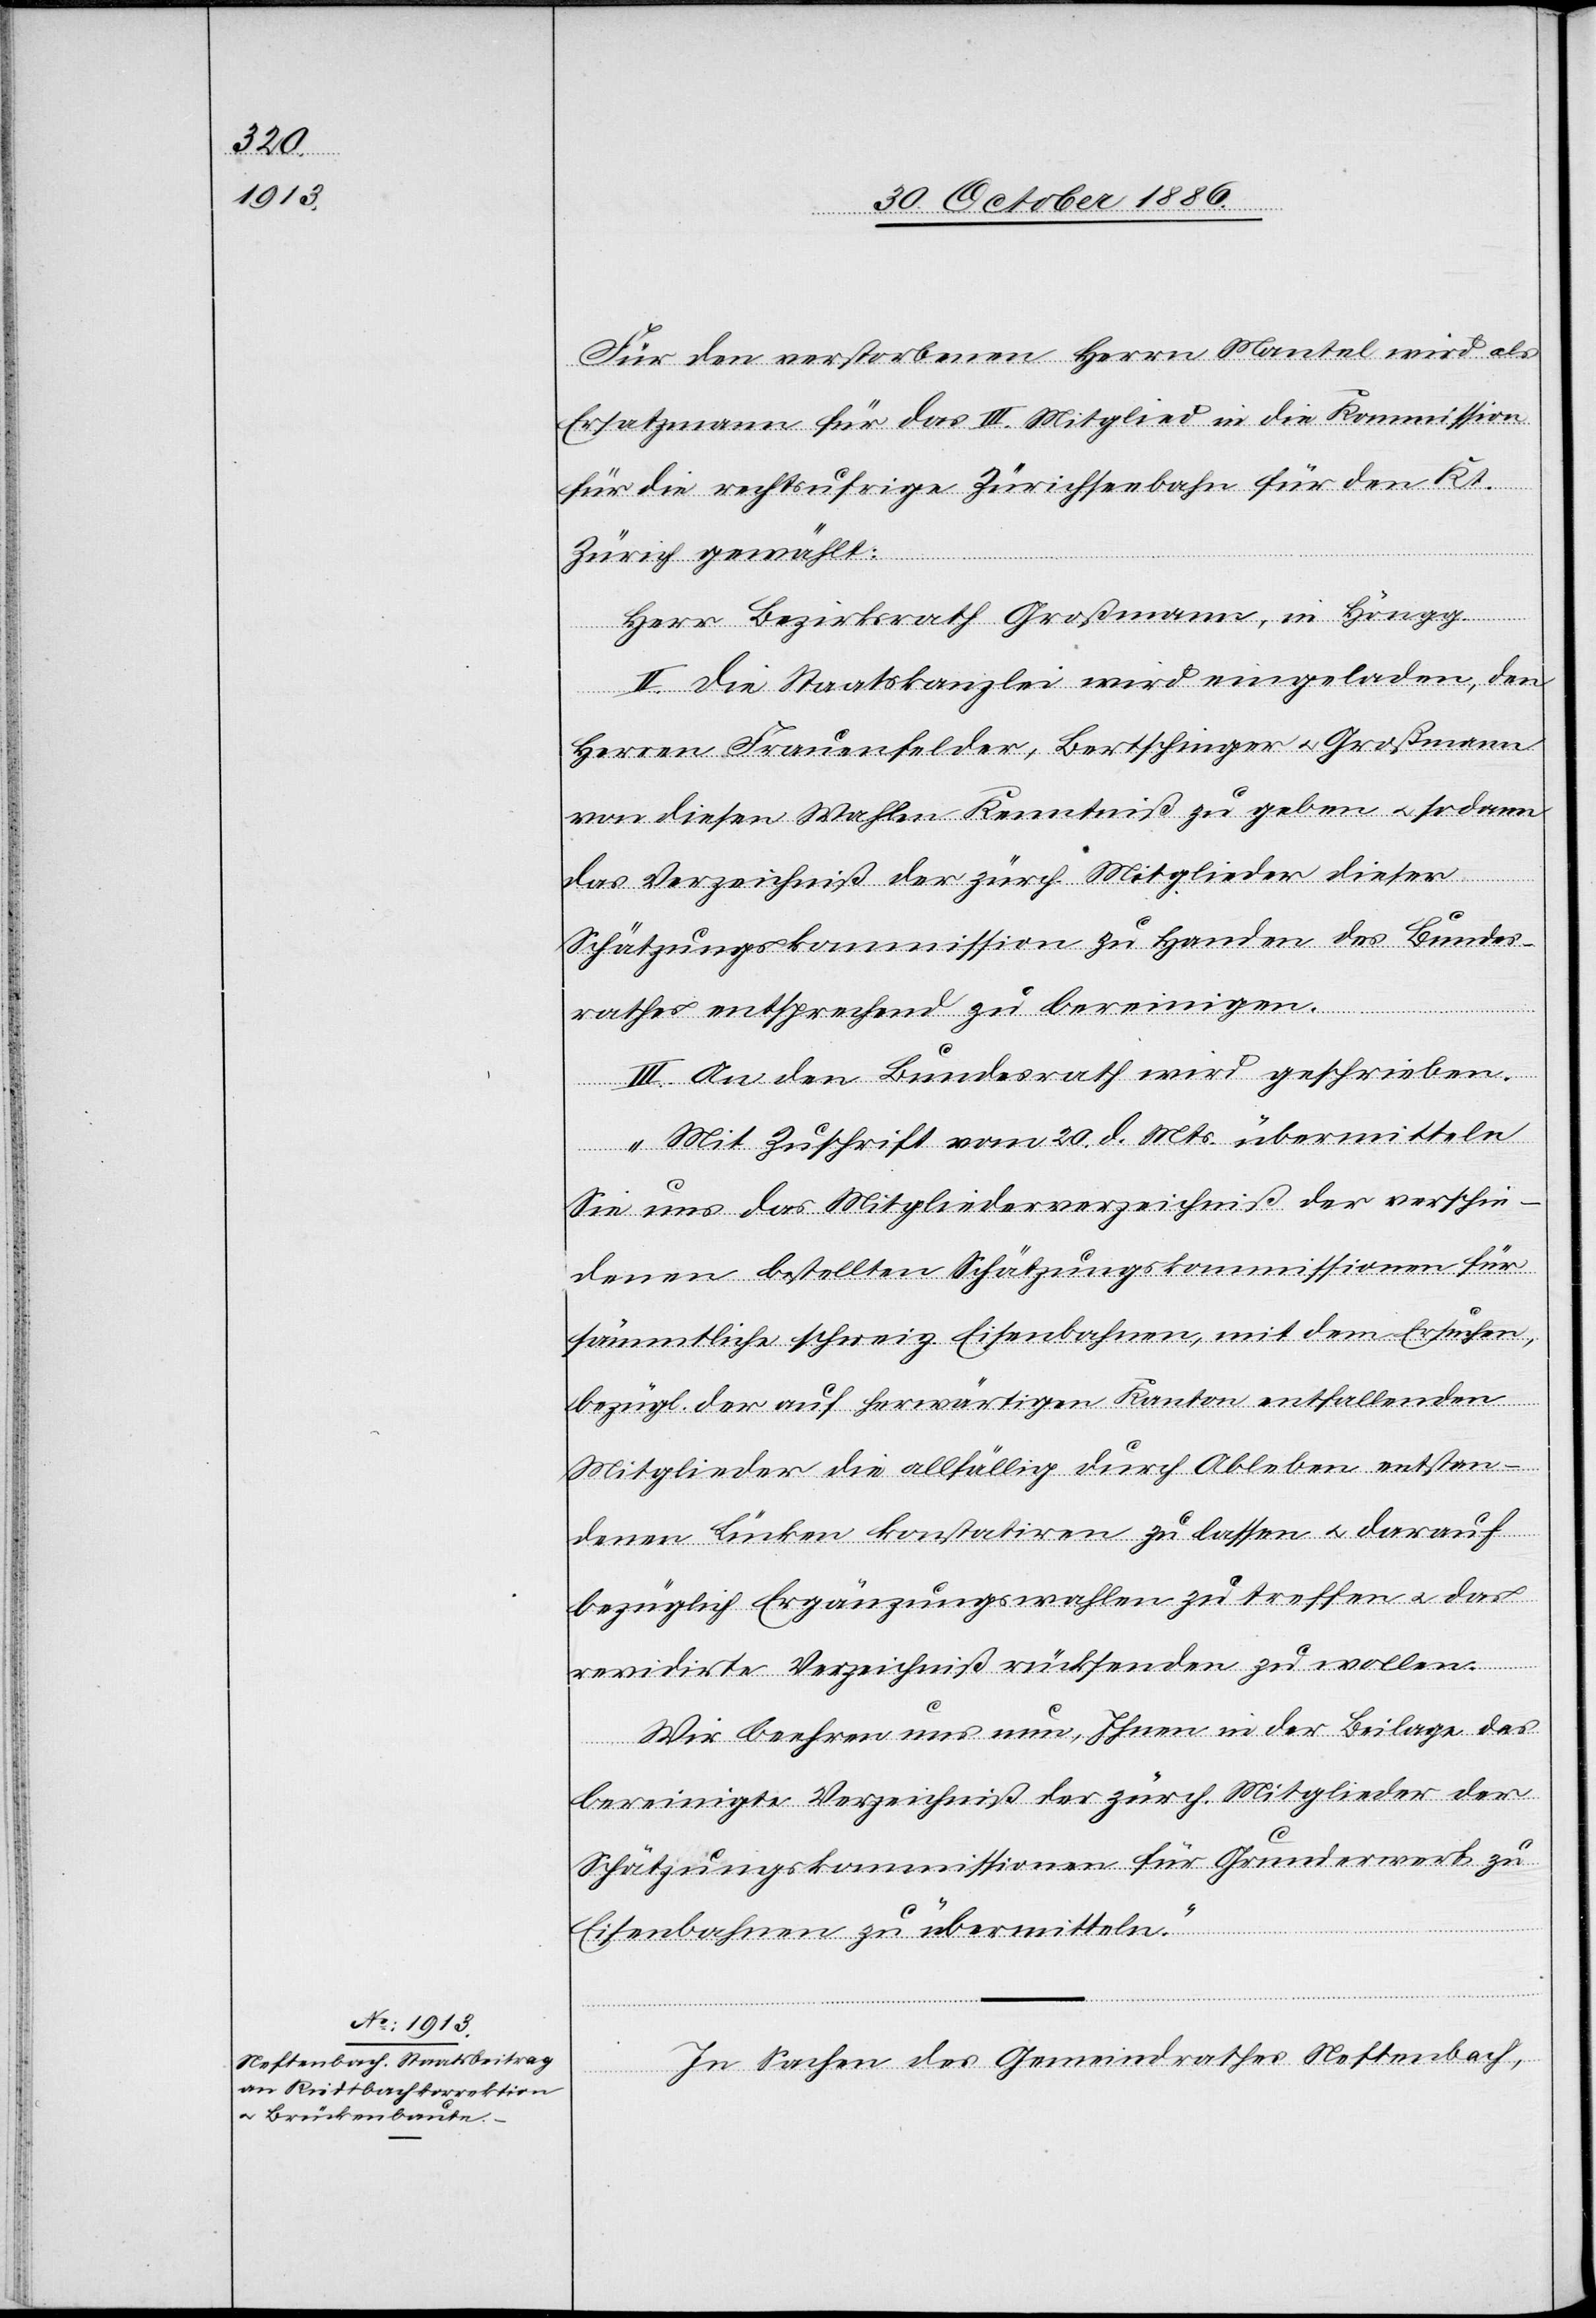
Für den verstorbenen Herrn Mantel wird als
Ersatzmann für das III. Mitglied in die Kommission
für die rechtsufrige Zürichseebahn für den Kt.
Zürich gewählt:
Herr Bezirksrath Großmann, in Höngg.
II. Die Staatskanzlei wird eingeladen, den
Herren Frauenfelder, Bertschinger & Großmann
von diesen Wahlen Kenntniß zu geben & sodann
das Verzeichniß der zürch. Mitglieder dieser
Schätzungskommission zu Handen des Bundes¬
rathes entsprechend zu bereinigen.
III. An den Bundesrath wird geschrieben:
„Mit Zuschrift vom 20. d. Mts. übermitteln
Sie uns das Mitgliederverzeichniß der verschie¬
denen bestellten Schätzungskommissionen für
sämmtliche schweiz. Eisenbahnen, mit dem Ersuchen,
bezügl. der auf herwärtigen Kanton entfallenden
Mitglieder die allfällig durch Ableben entstan¬
denen Lücken konstatiren zu lassen & darauf
bezüglich Ergänzungswahlen zu treffen & das
revidirte Verzeichniß rücksenden zu wollen.
Wir beehren uns nun, Ihnen in der Beilage das
bereinigte Verzeichniß der zürch. Mitglieder der
Schätzungskommissionen für Grunderwerb zu
Eisenbahnen zu übermitteln.“
In Sachen des Gemeindrathes Neftenbach,